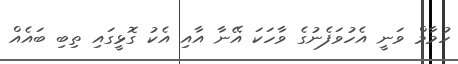
ހުމާމް ވަނީ އެހުވަފެނުގެ ވާހަކަ އޭނާ އާއި އެކު ގޮޅީގައި ތިބި ބައެއް